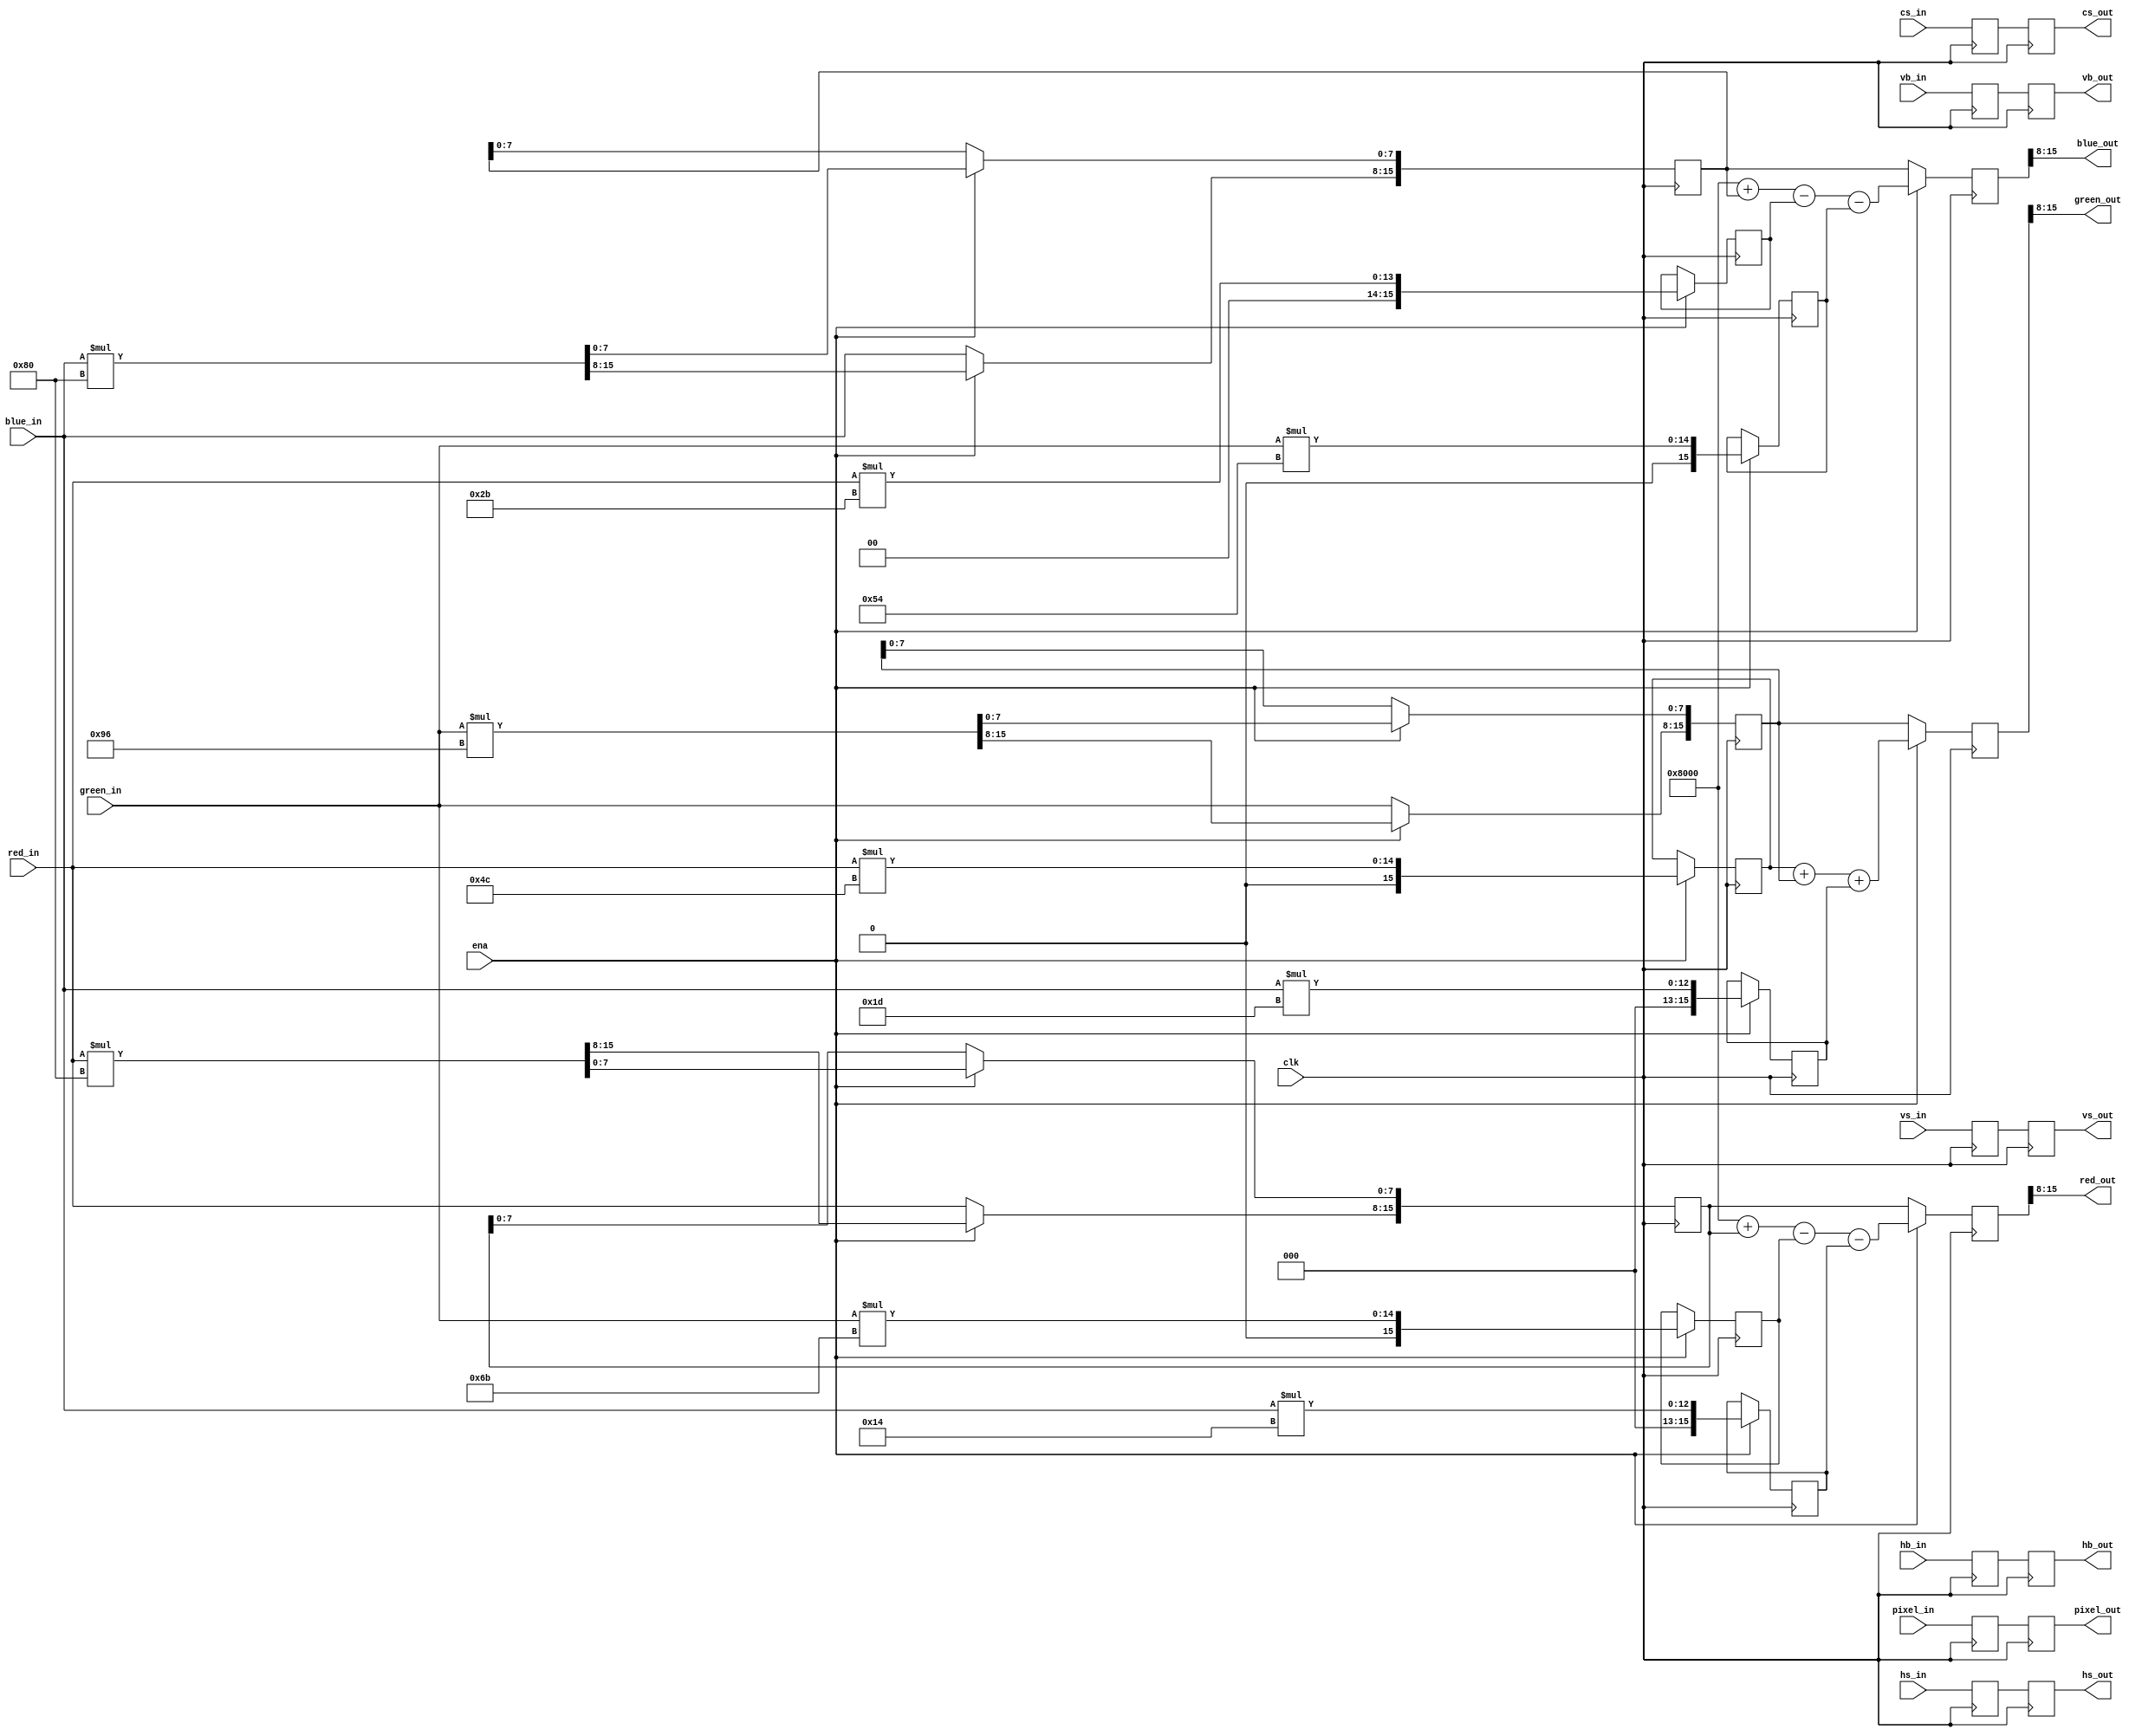
(* altera_attribute = "-name AUTO_SHIFT_REGISTER_RECOGNITION OFF" *) module RGBtoYPbPr (
	clk,
	ena,
	red_in,
	green_in,
	blue_in,
	hs_in,
	vs_in,
	hb_in,
	vb_in,
	cs_in,
	pixel_in,
	red_out,
	green_out,
	blue_out,
	hs_out,
	vs_out,
	hb_out,
	vb_out,
	cs_out,
	pixel_out
);
	input clk;
	input ena;
	parameter WIDTH = 8;
	input [WIDTH - 1:0] red_in;
	input [WIDTH - 1:0] green_in;
	input [WIDTH - 1:0] blue_in;
	input hs_in;
	input vs_in;
	input hb_in;
	input vb_in;
	input cs_in;
	input pixel_in;
	output wire [WIDTH - 1:0] red_out;
	output wire [WIDTH - 1:0] green_out;
	output wire [WIDTH - 1:0] blue_out;
	output reg hs_out;
	output reg vs_out;
	output reg hb_out;
	output reg vb_out;
	output reg cs_out;
	output reg pixel_out;
	reg [(8 + WIDTH) - 1:0] r_y;
	reg [(8 + WIDTH) - 1:0] g_y;
	reg [(8 + WIDTH) - 1:0] b_y;
	reg [(8 + WIDTH) - 1:0] r_b;
	reg [(8 + WIDTH) - 1:0] g_b;
	reg [(8 + WIDTH) - 1:0] b_b;
	reg [(8 + WIDTH) - 1:0] r_r;
	reg [(8 + WIDTH) - 1:0] g_r;
	reg [(8 + WIDTH) - 1:0] b_r;
	reg [(8 + WIDTH) - 1:0] y;
	reg [(8 + WIDTH) - 1:0] b;
	reg [(8 + WIDTH) - 1:0] r;
	reg hs_d;
	reg vs_d;
	reg cs_d;
	reg pixel_d;
	reg hb_d;
	reg vb_d;
	assign red_out = r[(8 + WIDTH) - 1:8];
	assign green_out = y[(8 + WIDTH) - 1:8];
	assign blue_out = b[(8 + WIDTH) - 1:8];
	always @(posedge clk) begin
		hs_d <= hs_in;
		vs_d <= vs_in;
		cs_d <= cs_in;
		pixel_d <= pixel_in;
		hb_d <= hb_in;
		vb_d <= vb_in;
		if (ena) begin
			r_y <= red_in * 8'd76;
			g_y <= green_in * 8'd150;
			b_y <= blue_in * 8'd29;
			r_b <= red_in * 8'd43;
			g_b <= green_in * 8'd84;
			b_b <= blue_in * 8'd128;
			r_r <= red_in * 8'd128;
			g_r <= green_in * 8'd107;
			b_r <= blue_in * 8'd20;
		end
		else begin
			r_r[(8 + WIDTH) - 1:8] <= red_in;
			g_y[(8 + WIDTH) - 1:8] <= green_in;
			b_b[(8 + WIDTH) - 1:8] <= blue_in;
		end
	end
	always @(posedge clk) begin
		hs_out <= hs_d;
		vs_out <= vs_d;
		cs_out <= cs_d;
		pixel_out <= pixel_d;
		hb_out <= hb_d;
		vb_out <= vb_d;
		if (ena) begin
			y <= (r_y + g_y) + b_y;
			b <= (((2'd2 ** ((8 + WIDTH) - 1)) + b_b) - r_b) - g_b;
			r <= (((2'd2 ** ((8 + WIDTH) - 1)) + r_r) - g_r) - b_r;
		end
		else begin
			y <= g_y;
			b <= b_b;
			r <= r_r;
		end
	end
endmodule